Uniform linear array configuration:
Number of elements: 48
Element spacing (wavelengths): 0.25
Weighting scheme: exponential
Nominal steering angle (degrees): -60
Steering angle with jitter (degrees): -59.738
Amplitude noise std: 0.05
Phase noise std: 0.05

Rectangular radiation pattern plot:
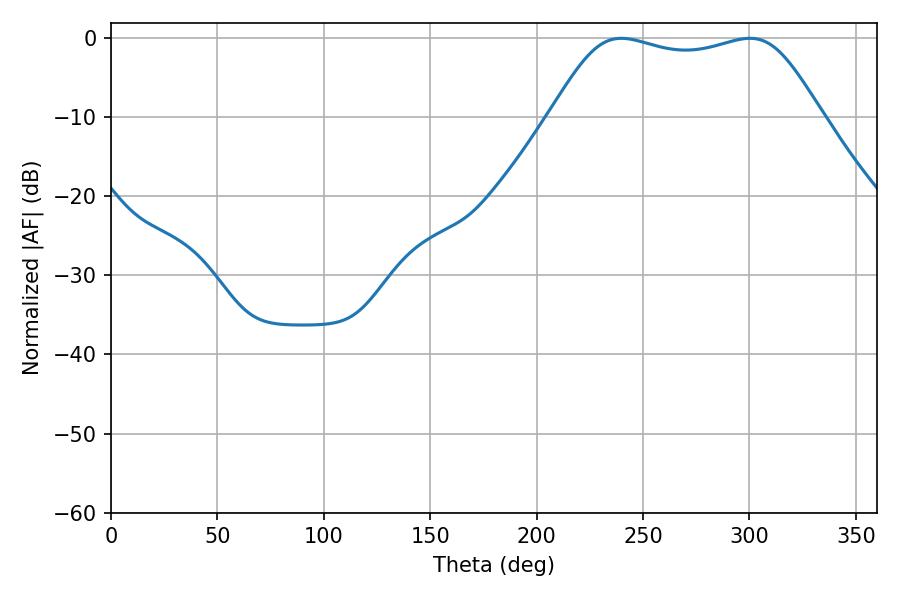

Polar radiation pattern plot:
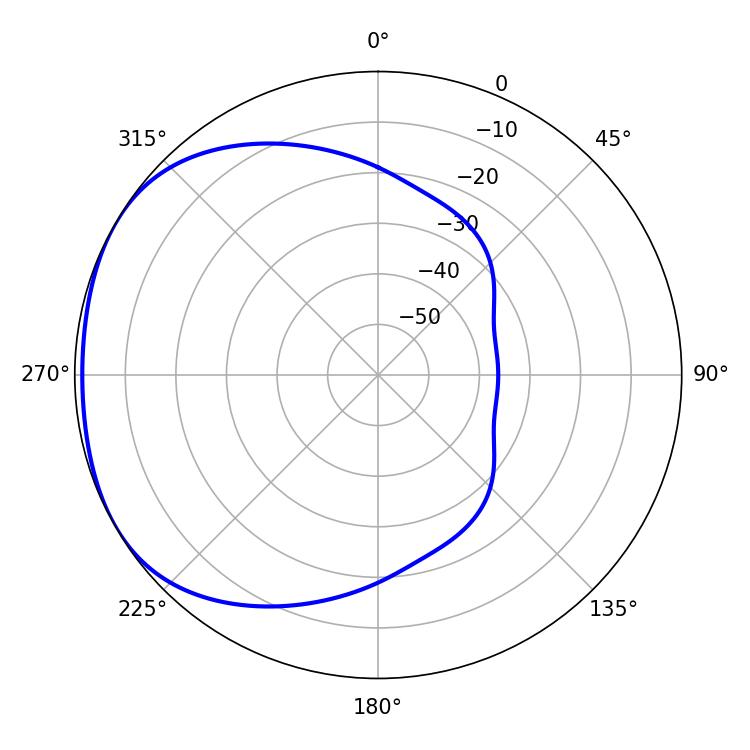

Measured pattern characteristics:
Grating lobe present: FALSE
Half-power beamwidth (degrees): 96.84
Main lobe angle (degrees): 239.76